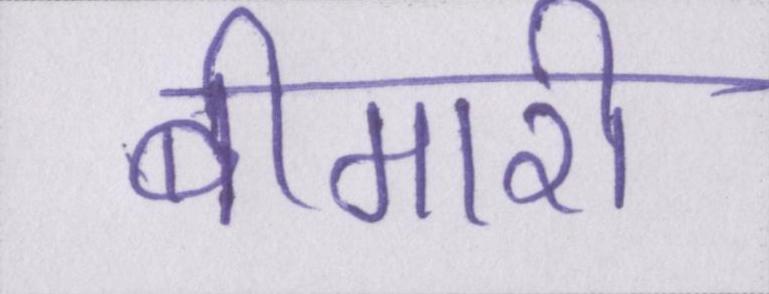
बीमारी